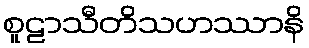
စူဠာသီတိသဟဿာနိ